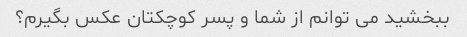
ببخشید می توانم از شما و پسر کوچکتان عکس بگیرم؟